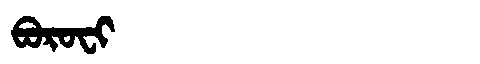
Manchu: ᠪᠣᡵᠣᠸᡳ
Romanization: BOROFI